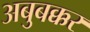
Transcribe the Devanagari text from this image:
अबुबक्कर